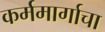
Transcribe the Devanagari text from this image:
कर्ममार्गाचा